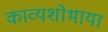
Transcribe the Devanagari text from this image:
काव्यशोभाया